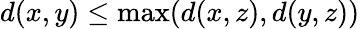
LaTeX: d(x,y)\leq\operatorname*{max}(d(x,z),d(y,z))